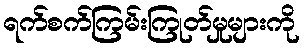
ရက်စက်ကြမ်းကြုတ်မှုများကို